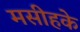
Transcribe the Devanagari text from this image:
मसीहके